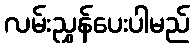
လမ်းညွှန်ပေးပါမည်